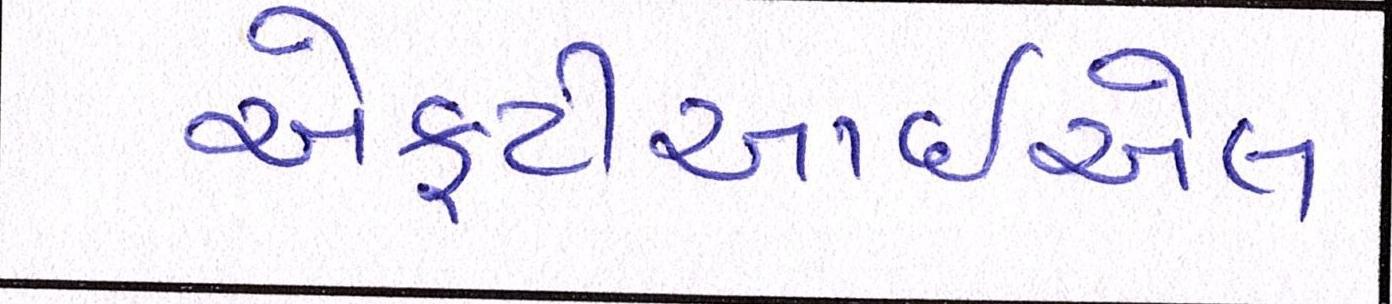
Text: એફટીઆઈએલ